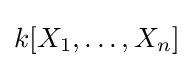
k[X_{1},\ldots ,X_{n}]